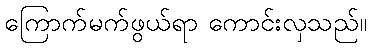
ကြောက်မက်ဖွယ်ရာ ကောင်းလှသည်။